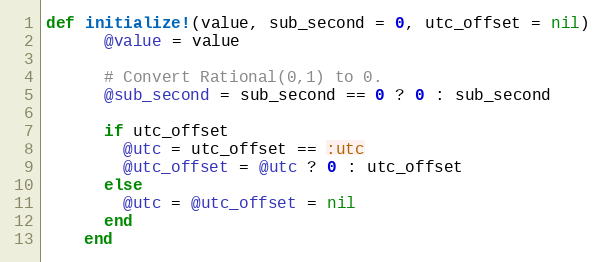
Language: Ruby
def initialize!(value, sub_second = 0, utc_offset = nil)
      @value = value

      # Convert Rational(0,1) to 0.
      @sub_second = sub_second == 0 ? 0 : sub_second

      if utc_offset
        @utc = utc_offset == :utc
        @utc_offset = @utc ? 0 : utc_offset
      else
        @utc = @utc_offset = nil
      end
    end